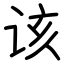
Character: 该